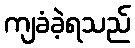
ကျခံခဲ့ရသည်